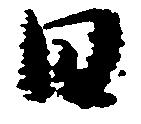
日